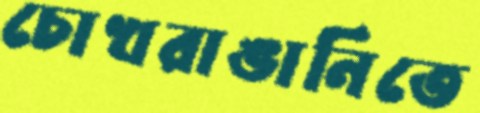
চোখরাঙানিতে